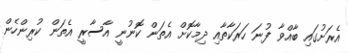
އެރަށުގައި ބާއްވާ ފުނަ ހަރަކާތާއި ދިމާކޮށް އެތަން ކޮނުނީ އާސާރީ އެތަން ކުރިންހެން